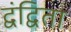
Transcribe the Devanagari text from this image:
द्वंद्विता